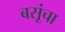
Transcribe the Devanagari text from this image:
बसूंचा